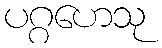
ပဂ္ဂဟေသု